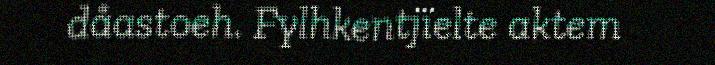
dåastoeh. Fylhkentjïelte aktem